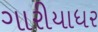
ગારીયાધર